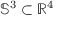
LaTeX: \mathbb { S } ^ { 3 } \subset \mathbb { R } ^ { 4 }